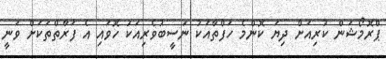
ޕްރޮމޯޝަން ކުރިއަށް ދިޔަ ކޮންމެ ހަފްތާއަކު ނަސީބުވެރިއަކު ހޮވައި އެ ފަރާތްތަކަށް ވަނީ